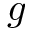
g